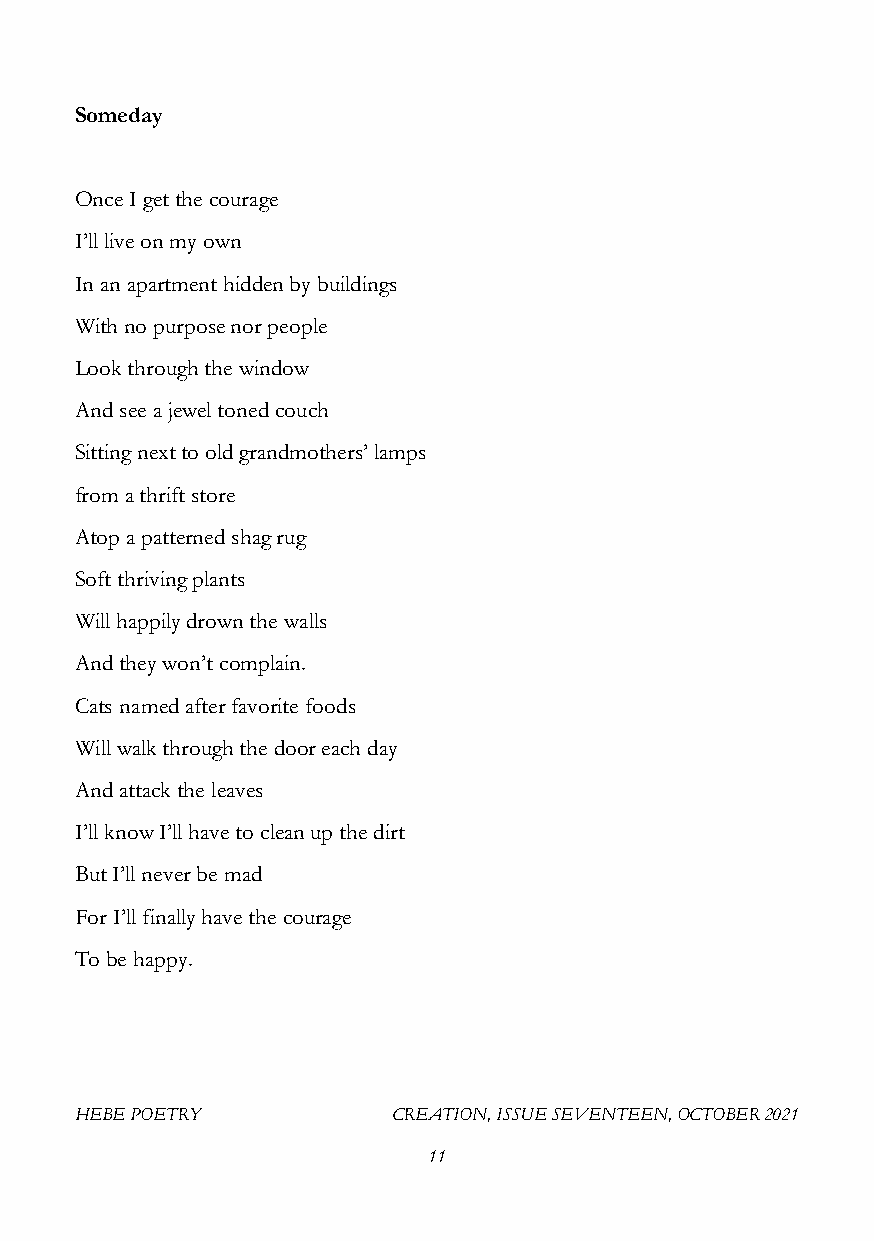
Someday
 Once I get the courage
 I’ll live on my own
 In an apartment hidden by buildings
 With no purpose nor people
 Look through the window
 And see a jewel toned couch
 Sitting next to old grandmothers’ lamps
 from a thrift store
 Atop a patterned shag rug
 Soft thriving plants
 Will happily drown the walls
 And they won’t complain.
 Cats named after favorite foods
 Will walk through the door each day
 And attack the leaves
 I’ll know I’ll have to clean up the dirt
 But I’ll never be mad
 For I’ll finally have the courage
 To be happy.
 HEBE POETRY          CREATION, ISSUE SEVENTEEN, OCTOBER 2021
 11